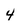
Character: 4